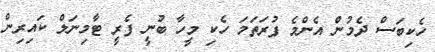
ހެކިބަސް ދެމުން އެންމެ ފުރަތަމަ ހެކި މީހާ ބުނީ ފެރީ ޓާމިނަލް ކައިރިން